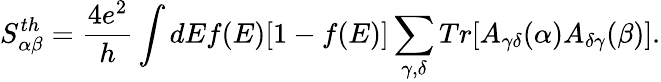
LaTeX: {S_{\alpha\beta}^{th}}=\frac{4e^{2}}{h}\int dEf(E)[1-f(E)]\sum_{\gamma,\delta}Tr[A_{\gamma\delta}(\alpha)A_{\delta\gamma}(\beta)].